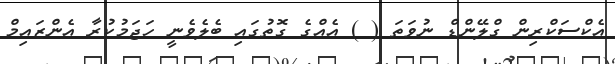
އެކްސަކްރިން ގްލޭންޑް ނުވަތަ ( ) އެއްގެ ގޮތުގައި ބެލެވެނީ ހަޖަމުކުރާ އެންޒައިމް